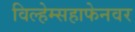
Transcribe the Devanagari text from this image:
विल्हेम्सहाफेनवर